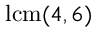
\operatorname { l c m } ( 4 , 6 )